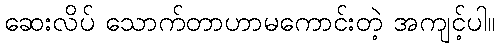
ဆေးလိပ် သောက်တာဟာမကောင်းတဲ့ အကျင့်ပါ။